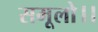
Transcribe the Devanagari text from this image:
समूलो।।